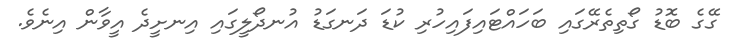
ގޭގެ ބޮޑު ގޯތިތެރޭގައި ބަހައްޓައިފައިހުރި ކުޑަ ދަނގަޑު އުނދޯލީގައި އިނށީދެ އީވާން އިނެވެ.